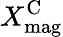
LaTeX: X_{\mathrm{mag}}^{\mathrm{C}}